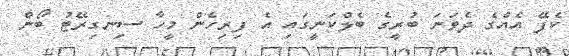
ކެފޭ އެއްގެ ދެވަނަ ބުރީގެ ބެލްކަނީގައި އެ ފިރިހެން މީހާ ސިނގިރޭޓު ބޯން